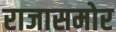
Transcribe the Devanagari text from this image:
राजासमोर